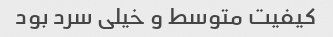
کیفیت متوسط و خیلی سرد بود